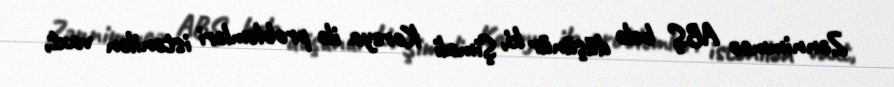
Zənnimmcə ABŞ belə düşünür ki, Şimali Koreya ilə problemləri istənilən vaxt,